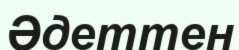
Әдеттен